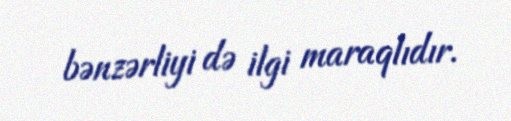
bənzərliyi də ilgi maraqlıdır.